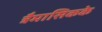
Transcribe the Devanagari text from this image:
त्रैमासिकके